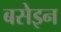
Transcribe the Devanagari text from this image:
बसेइन